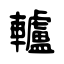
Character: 轤